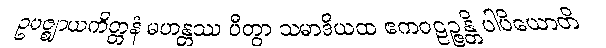
ဥပဇ္ဈာယကိတ္တနံ မဟန္တဿ ပီတွာ သမာဒိယထ ဧကဝဠဉ္ဇန္တိ ပါပိယောတိ